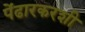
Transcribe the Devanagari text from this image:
पेंढारकरशी